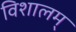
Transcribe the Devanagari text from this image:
विशालम्